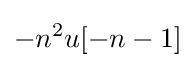
-n^{2}u[-n-1]